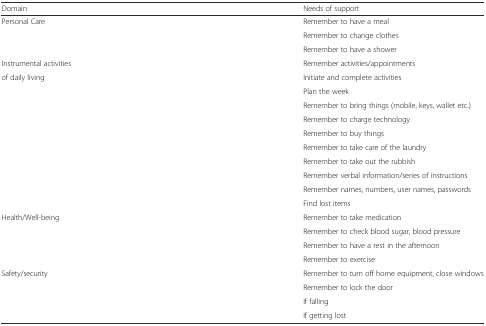
| Domain | Needs of support |
 | --- | --- |
 | Personal Care | Remember to have a meal |
 |  | Remember to change clothes |
 |  | Remember to have a shower |
 | Instrumental activities | Remember activities/appointments |
 | of daily living | Initiate and complete activities |
 |  | Plan the week |
 |  | Remember to bring things (mobile, keys, wallet etc.) |
 |  | Remember to charge technology |
 |  | Remember to buy things |
 |  | Remember to take care of the laundry |
 |  | Remember to take out the rubbish |
 |  | Remember verbal information/series of instructions |
 | <ROWSPAN=2>  | Remember names, numbers, user names, passwords |
 | Find lost items |
 | Health/Well-being | Remember to take medication |
 |  | Remember to check blood sugar, blood pressure |
 |  | Remember to have a rest in the afternoon |
 |  | Remember to exercise |
 | Safety/security | Remember to turn off home equipment, close windows |
 |  | Remember to lock the door |
 |  | If falling |
 |  | If getting lost |